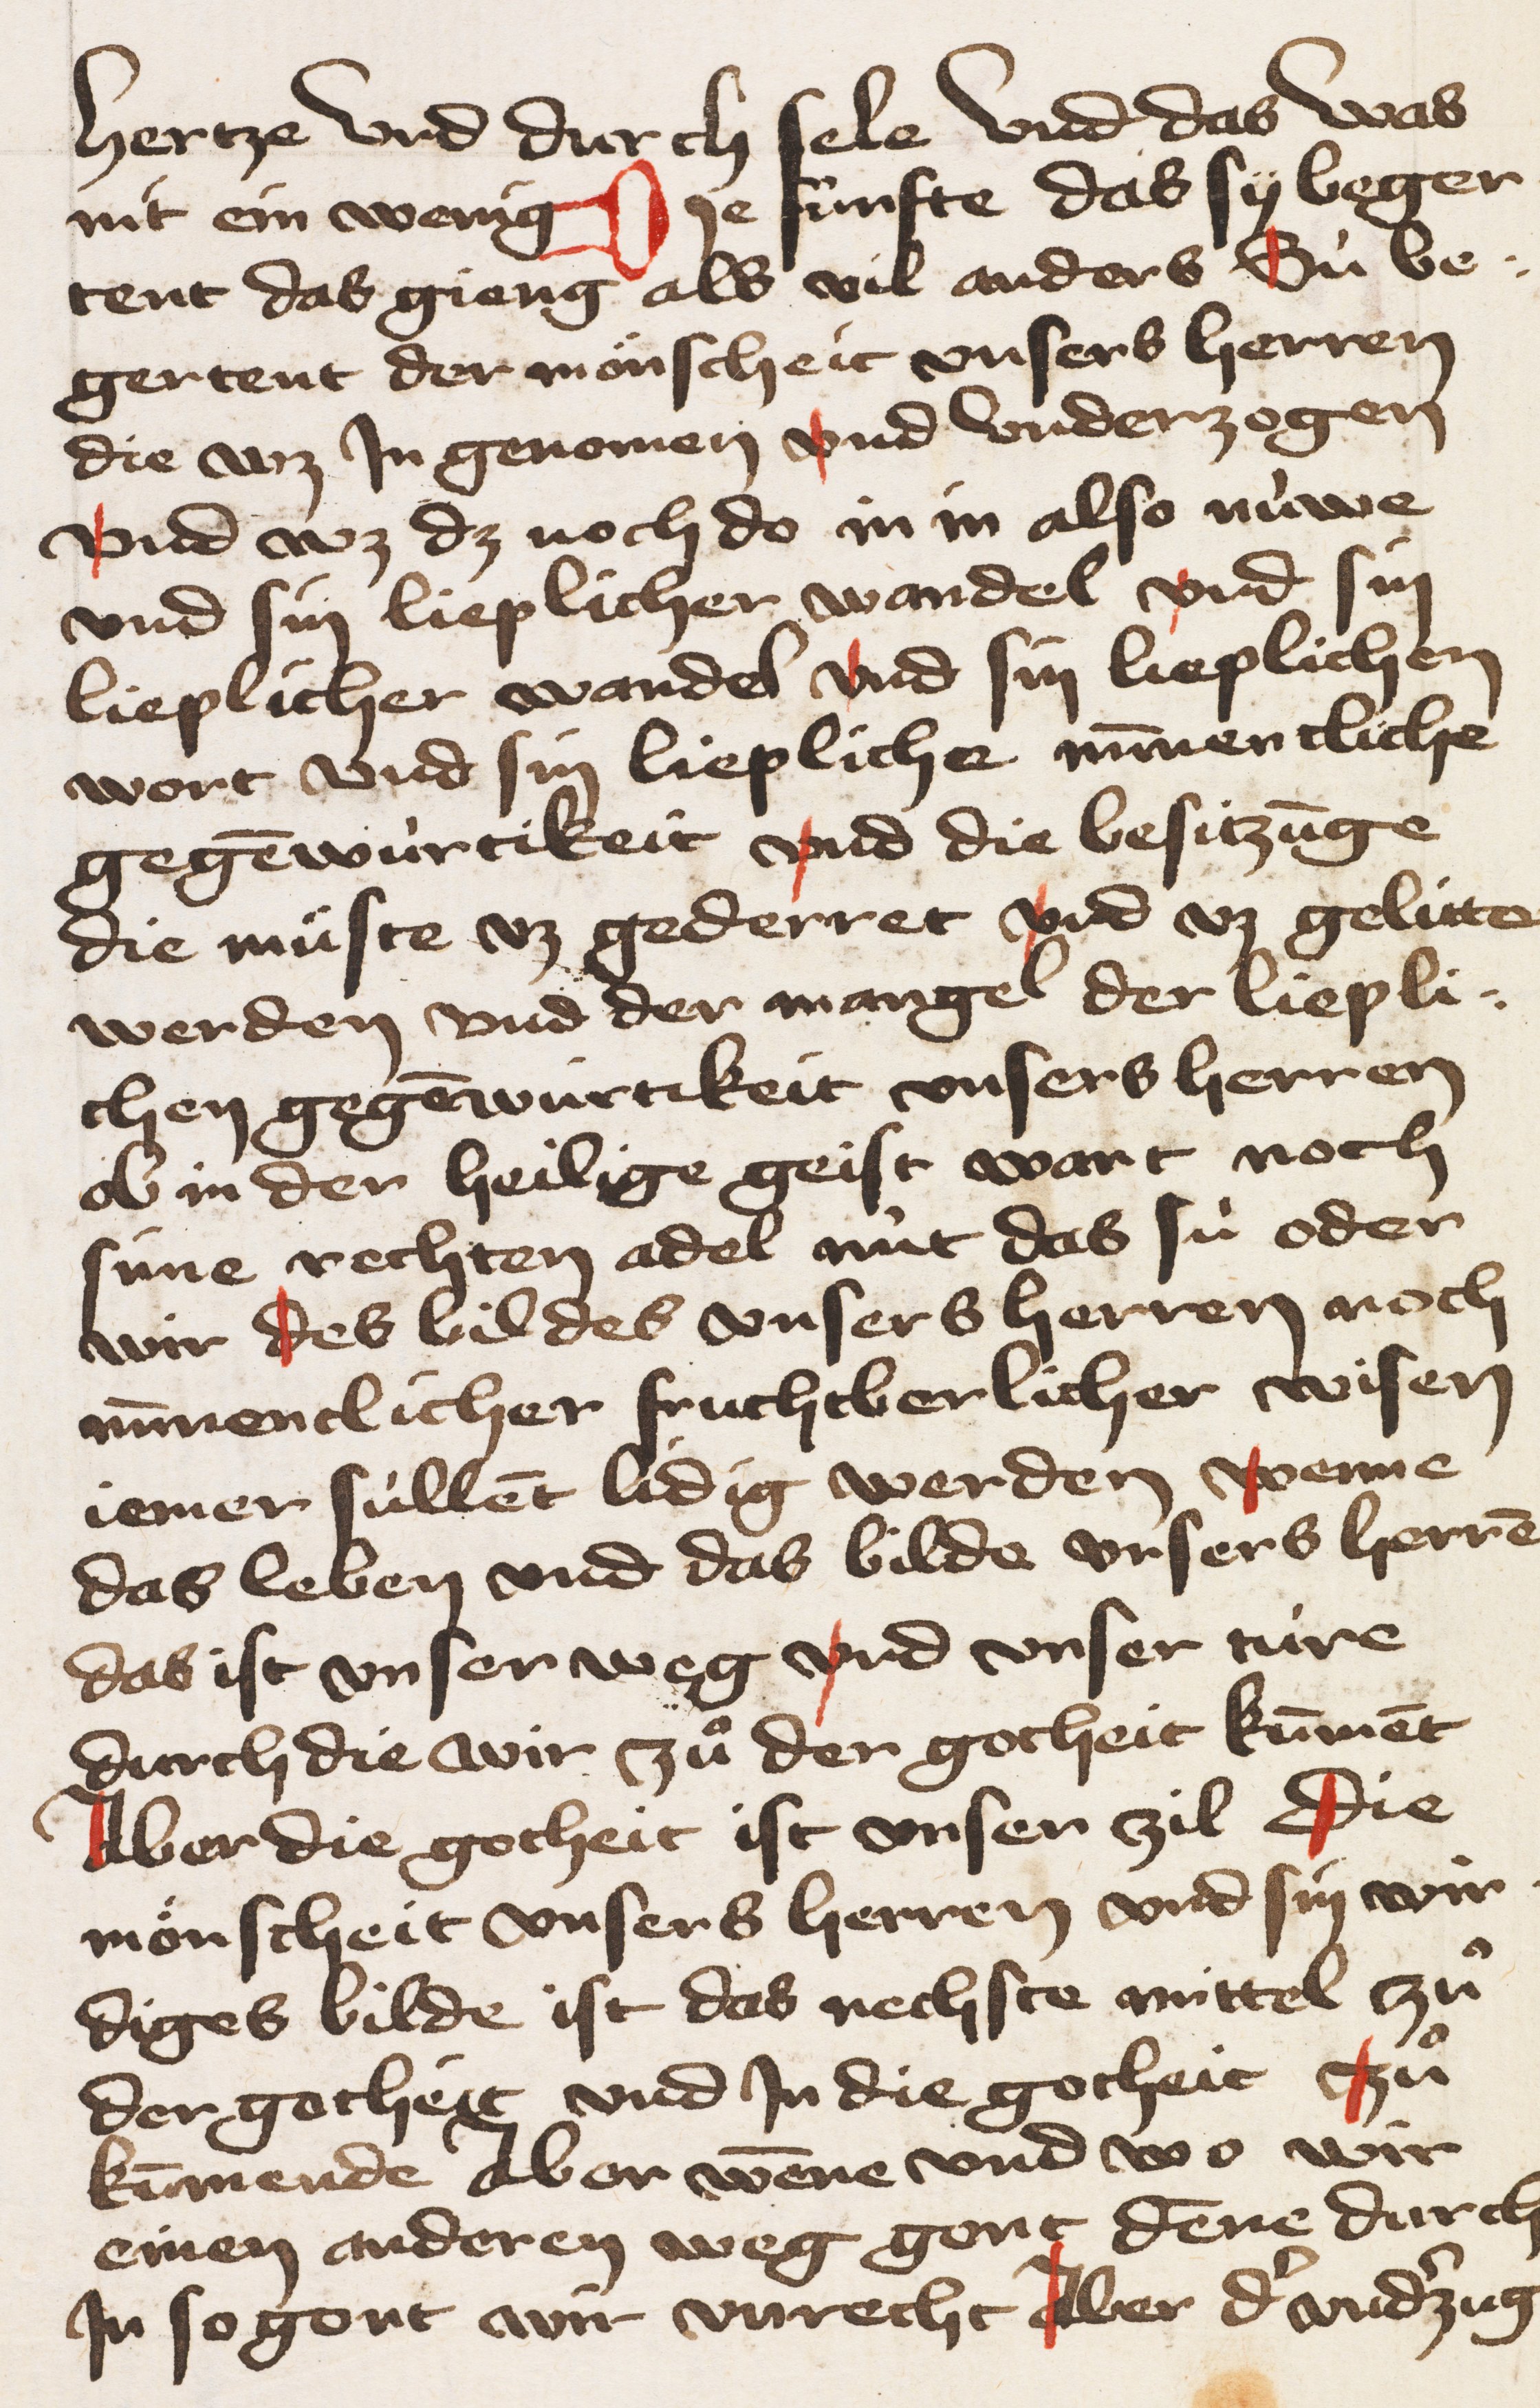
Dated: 1428–1428